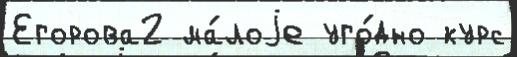
Егорова2 ма́лоjе уго́дно курс